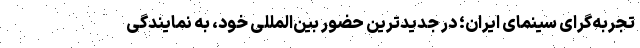
تجربه‌گرای سینمای ایران؛ در جدیدترین حضور بین‌المللی خود، به نمایندگی